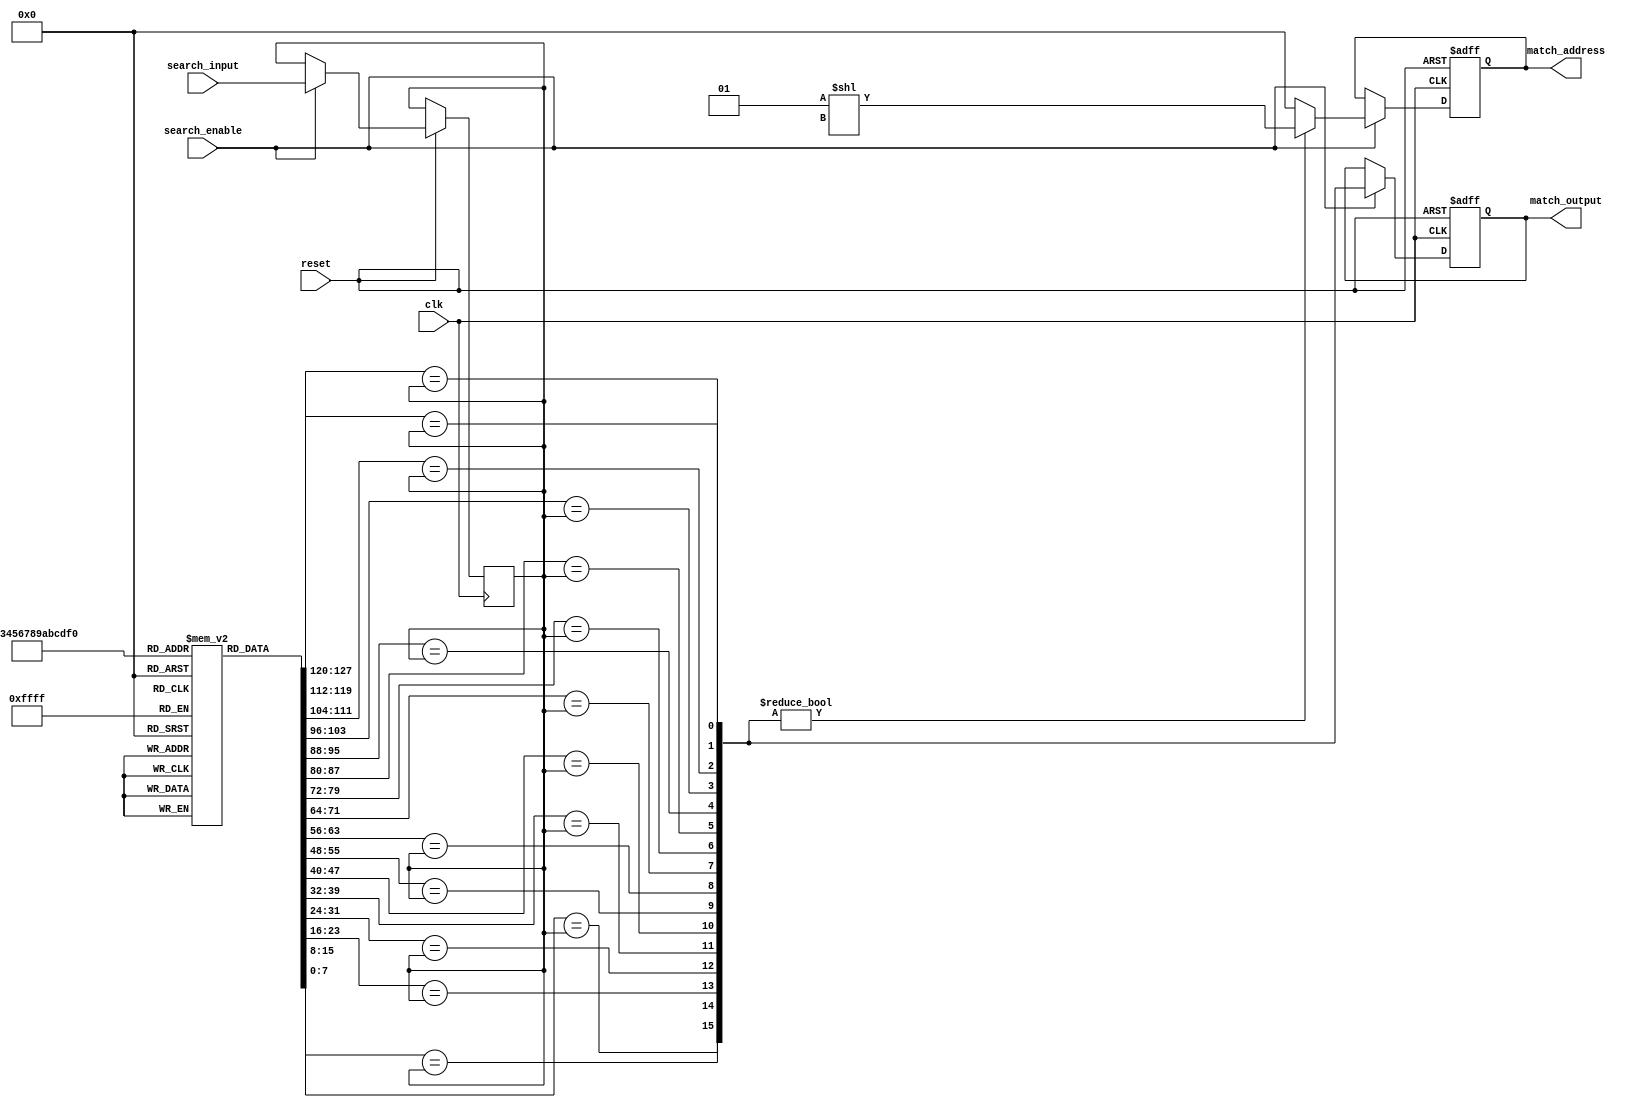
module energy_efficient_cam #(
    parameter DATA_WIDTH = 8,
    parameter CAM_SIZE = 16
)(
    input wire clk,
    input wire reset,
    input wire [DATA_WIDTH-1:0] search_input,
    input wire search_enable,
    output reg [CAM_SIZE-1:0] match_output,
    output reg [CAM_SIZE-1:0] match_address
);

// Storage cells (low-power SRAM cells)
reg [DATA_WIDTH-1:0] cam_storage [0:CAM_SIZE-1];

// Input buffer
reg [DATA_WIDTH-1:0] input_buffer;

// Match lines
wire [CAM_SIZE-1:0] match_lines;

// Data Comparison Unit
genvar i;
generate
    for (i = 0; i < CAM_SIZE; i = i + 1) begin : comparison
        assign match_lines[i] = (cam_storage[i] == input_buffer);
    end
endgenerate

// Match detection circuit
always @(posedge clk or negedge reset) begin
    if (!reset) begin
        match_output <= 0;
        match_address <= 0;
    end else if (search_enable) begin
        input_buffer <= search_input;
        match_output <= match_lines;
        match_address <= match_lines ? (1 << i) : 0; // Assuming first match found
    end
end

// Initialize CAM storage (for simulation purposes)
integer j;
initial begin
    for (j = 0; j < CAM_SIZE; j = j + 1) begin
        cam_storage[j] = j; // Initialize with some values
    end
end

endmodule